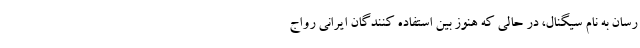
رسان به نام سیگنال، در حالی که هنوز بین استفاده کنندگان ایرانی رواج